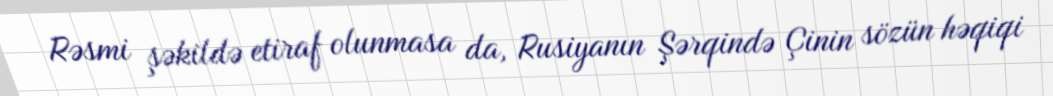
Rəsmi şəkildə etiraf olunmasa da, Rusiyanın Şərqində Çinin sözün həqiqi